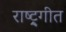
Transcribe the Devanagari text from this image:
राष्ट्र्गीत